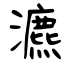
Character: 瀌